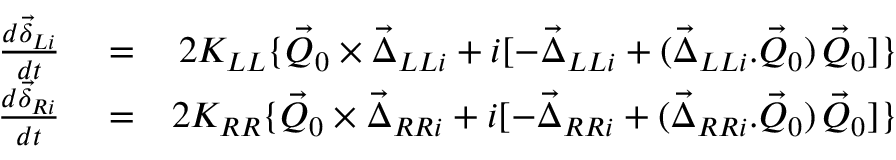
\begin{array} { r l r } { \frac { d \vec { \delta } _ { L i } } { d t } } & { { } = } & { 2 K _ { L L } \{ \vec { Q } _ { 0 } \times \vec { \Delta } _ { L L i } + i [ - \vec { \Delta } _ { L L i } + ( \vec { \Delta } _ { L L i } . \vec { Q } _ { 0 } ) \, \vec { Q } _ { 0 } ] \} } \\ { \frac { d \vec { \delta } _ { R i } } { d t } } & { { } = } & { 2 K _ { R R } \{ \vec { Q } _ { 0 } \times \vec { \Delta } _ { R R i } + i [ - \vec { \Delta } _ { R R i } + ( \vec { \Delta } _ { R R i } . \vec { Q } _ { 0 } ) \, \vec { Q } _ { 0 } ] \} } \end{array}